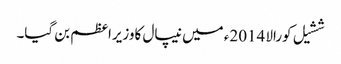
ششیل کورالا 2014ء میں نیپال کاوزیراعظم بن گیا۔